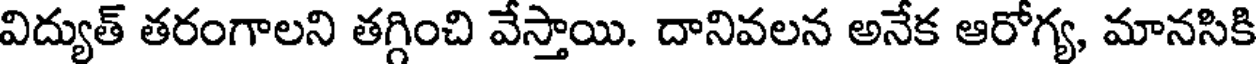
విద్యుత్ తరంగాలని తగ్గించి వేస్తాయి. దానివలన అనేక ఆరోగ్య, మానసికి